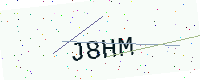
Text: J8HM